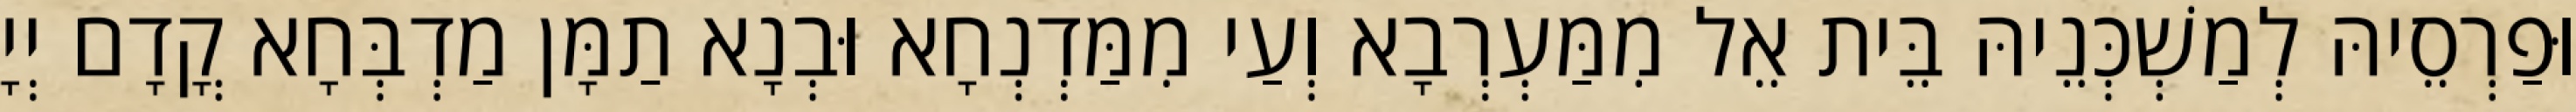
וּפַרְסֵיהּ לְמַשְׁכְּנֵיהּ בֵּית אֵל מִמַּעְרְבָא וְעַי מִמַּדְנְחָא וּבְנָא תַמָּן מַדְבְּחָא קֳדָם יְיָ